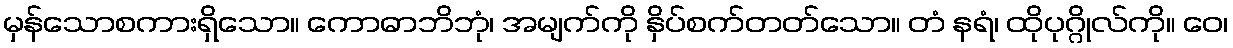
မှန်သောစကားရှိသော။ ကောဓာဘိဘုံ၊ အမျက်ကို နှိပ်စက်တတ်သော။ တံ နရံ၊ ထိုပုဂ္ဂိုလ်ကို။ ဝေ၊